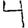
Digit: 4